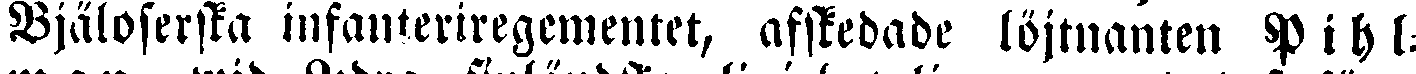
Bjäloserska infanteriregementet, afskedade löjtnanten Pihl-